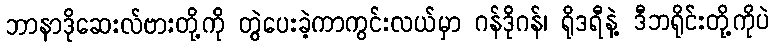
ဘာနာဒိုဆေးလ်ဗားတို့ကို တွဲပေးခဲ့ကာကွင်းလယ်မှာ ဂန်ဒိုဂန်၊ ရိုဒရီနဲ့ ဒီဘရိုင်းတို့ကိုပဲ